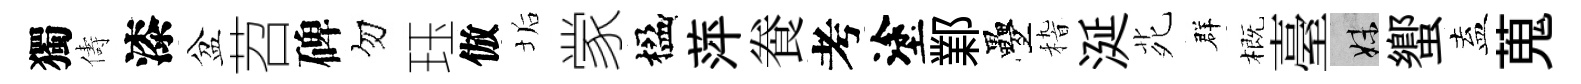
獨儔漆盆苕碑勿珏倣垢䝉楹萍飬考塗鄴疊𥟵涎𫟍群概臺妹蠁盍蒐